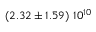
\left( 2 . 3 2 \pm 1 . 5 9 \right) \, 1 0 ^ { 1 0 }